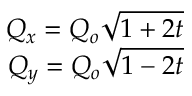
\begin{array} { r } { Q _ { x } = Q _ { o } \sqrt { 1 + 2 t } } \\ { Q _ { y } = Q _ { o } \sqrt { 1 - 2 t } } \end{array}